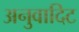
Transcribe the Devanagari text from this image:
अनुवादिट